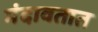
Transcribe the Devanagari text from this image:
मंदावतात